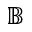
\mathbb { B }